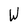
Character: W